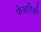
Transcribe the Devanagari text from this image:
फेडरिकी